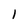
Character: 1